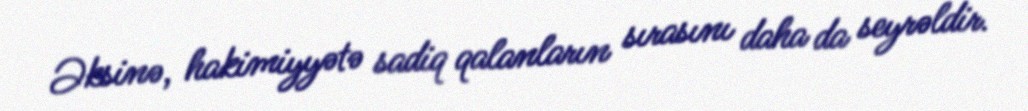
Əksinə, hakimiyyətə sadiq qalanların sırasını daha da seyrəldir.